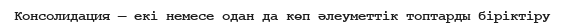
Консолидация — екі немесе одан да көп әлеуметтік топтарды біріктіру